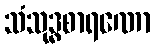
သံသုဒ္ဓစာရဏော